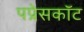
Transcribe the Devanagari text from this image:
पप्रेसकॉट